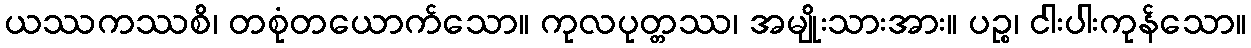
ယဿကဿစိ၊ တစုံတယောက်သော။ ကုလပုတ္တဿ၊ အမျိုးသားအား။ ပဉ္စ၊ ငါးပါးကုန်သော။